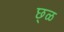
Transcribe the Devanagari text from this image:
छ्ळ